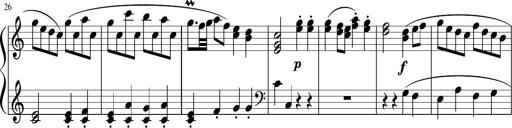
Title: 12 Keyboard Sonatinas
Composer: James Hook